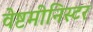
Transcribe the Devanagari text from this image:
वेष्टमीनिस्टर